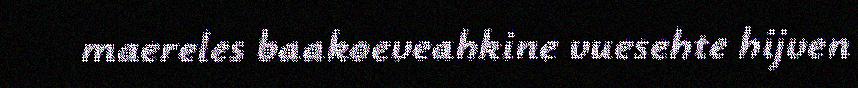
maereles baakoeveahkine vuesehte hijven